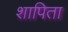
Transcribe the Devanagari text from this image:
शापिता